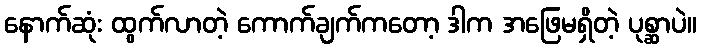
နောက်ဆုံး ထွက်လာတဲ့ ကောက်ချက်ကတော့ ဒါက အဖြေမရှိတဲ့ ပုစ္ဆာပဲ။